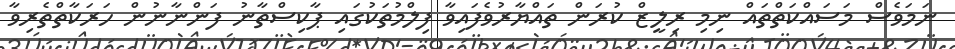
ނަމަވެސް މަސައްކަތްތައް ނިމި ރިލީޒް ކުރަން ތައްޔާރުވެފައިވާ ފިލްމުތަކުގައި ޕާކިސްތާނު ފަންނާނުން ހަރަކާތްތެރިވާ